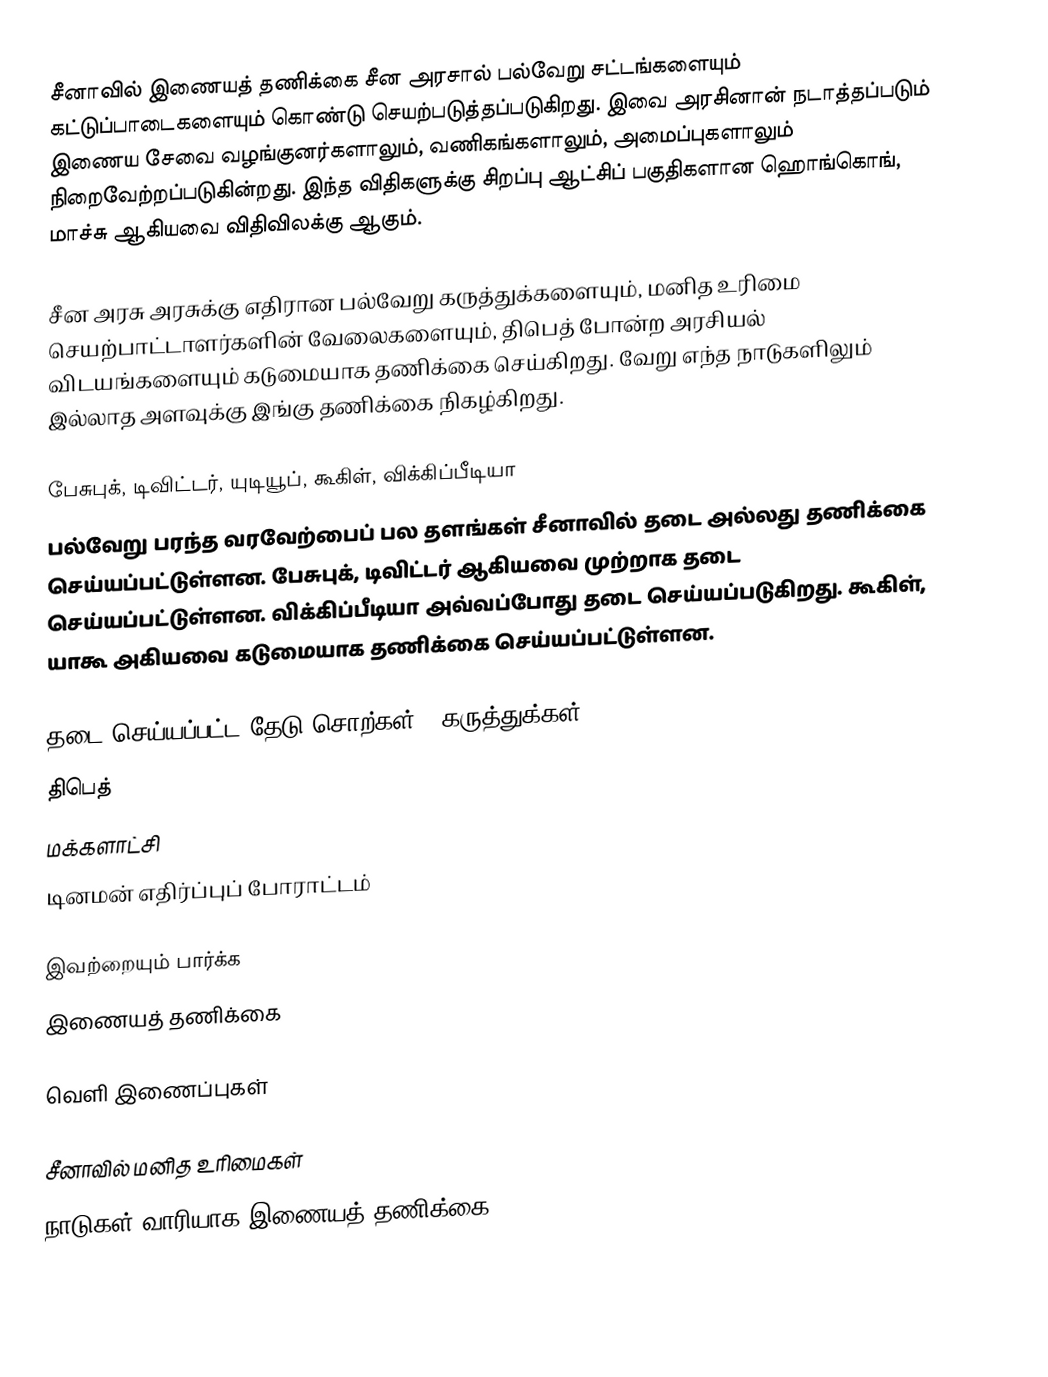
சீனாவில் இணையத் தணிக்கை சீன அரசால் பல்வேறு சட்டங்களையும் கட்டுப்பாடைகளையும் கொண்டு செயற்படுத்தப்படுகிறது.  இவை அரசினான் நடாத்தப்படும் இணைய சேவை வழங்குனர்களாலும், வணிகங்களாலும், அமைப்புகளாலும் நிறைவேற்றப்படுகின்றது.  இந்த விதிகளுக்கு சிறப்பு ஆட்சிப் பகுதிகளான ஹொங்கொங், மாச்சு ஆகியவை விதிவிலக்கு ஆகும்.

சீன அரசு அரசுக்கு எதிரான பல்வேறு கருத்துக்களையும், மனித உரிமை செயற்பாட்டாளர்களின் வேலைகளையும், திபெத் போன்ற அரசியல் விடயங்களையும் கடுமையாக தணிக்கை செய்கிறது.  வேறு எந்த நாடுகளிலும் இல்லாத அளவுக்கு இங்கு தணிக்கை நிகழ்கிறது.

பேசுபுக், டிவிட்டர், யுடியூப், கூகிள், விக்கிப்பீடியா
பல்வேறு பரந்த வரவேற்பைப் பல தளங்கள் சீனாவில் தடை அல்லது தணிக்கை செய்யப்பட்டுள்ளன.  பேசுபுக், டிவிட்டர் ஆகியவை முற்றாக தடை செய்யப்பட்டுள்ளன.  விக்கிப்பீடியா அவ்வப்போது தடை செய்யப்படுகிறது.  கூகிள், யாகூ அகியவை கடுமையாக தணிக்கை செய்யப்பட்டுள்ளன.

தடை செய்யப்பட்ட தேடு சொற்கள் / கருத்துக்கள்
 திபெத்
 மக்களாட்சி
 டினமன் எதிர்ப்புப் போராட்டம்

இவற்றையும் பார்க்க
 இணையத் தணிக்கை

வெளி இணைப்புகள்

சீனாவில் மனித உரிமைகள்
நாடுகள் வாரியாக இணையத் தணிக்கை

zh-classical:防火長城